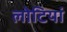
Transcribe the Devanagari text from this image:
लोटियां